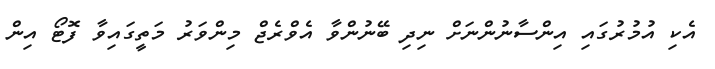
އެކި އުމުރުގައި އިންސާނުންނަށް ނިދި ބޭނުންވާ އެވްރެޖް މިންވަރު މަތީގައިވާ ފޮޓޯ އިން